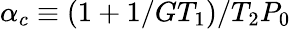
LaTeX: \alpha_{c}\equiv(1+1/GT_{1})/T_{2}P_{0}